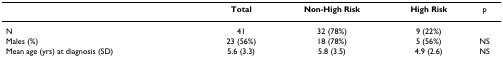
<table><thead><tr><td></td><td><b>Total</b></td><td><b>Non-High Risk</b></td><td><b>High Risk</b></td><td><b>p</b></td></tr></thead><tbody><tr><td>N</td><td>41</td><td>32 (78%)</td><td>9 (22%)</td><td></td></tr><tr><td>Males (%)</td><td>23 (56%)</td><td>18 (78%)</td><td>5 (56%)</td><td>NS</td></tr><tr><td>Mean age (yrs) at diagnosis (SD)</td><td>5.6 (3.3)</td><td>5.8 (3.5)</td><td>4.9 (2.6)</td><td>NS</td></tr></tbody></table>